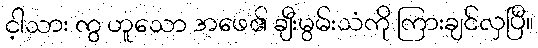
င့ါသား ကွ ဟူသော အဖေ၏ ချီးမွမ်းသံကို ကြားချင်လှပြီ။